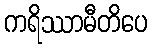
ကရိဿာမီတိပေ